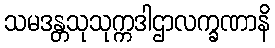
သမဒန္တသုသုက္ကဒါဌာလက္ခဏာနိ